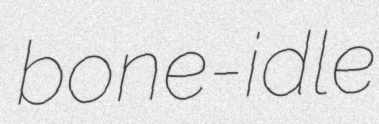
bone-idle